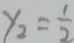
y _ { 2 } = \frac { 1 } { 2 }